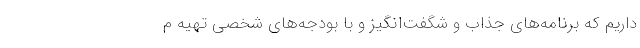
داریم که برنامه‌‌های جذاب و شگفت‌انگیز و با بودجه‌های شخصی تهیه م